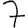
Digit: 7